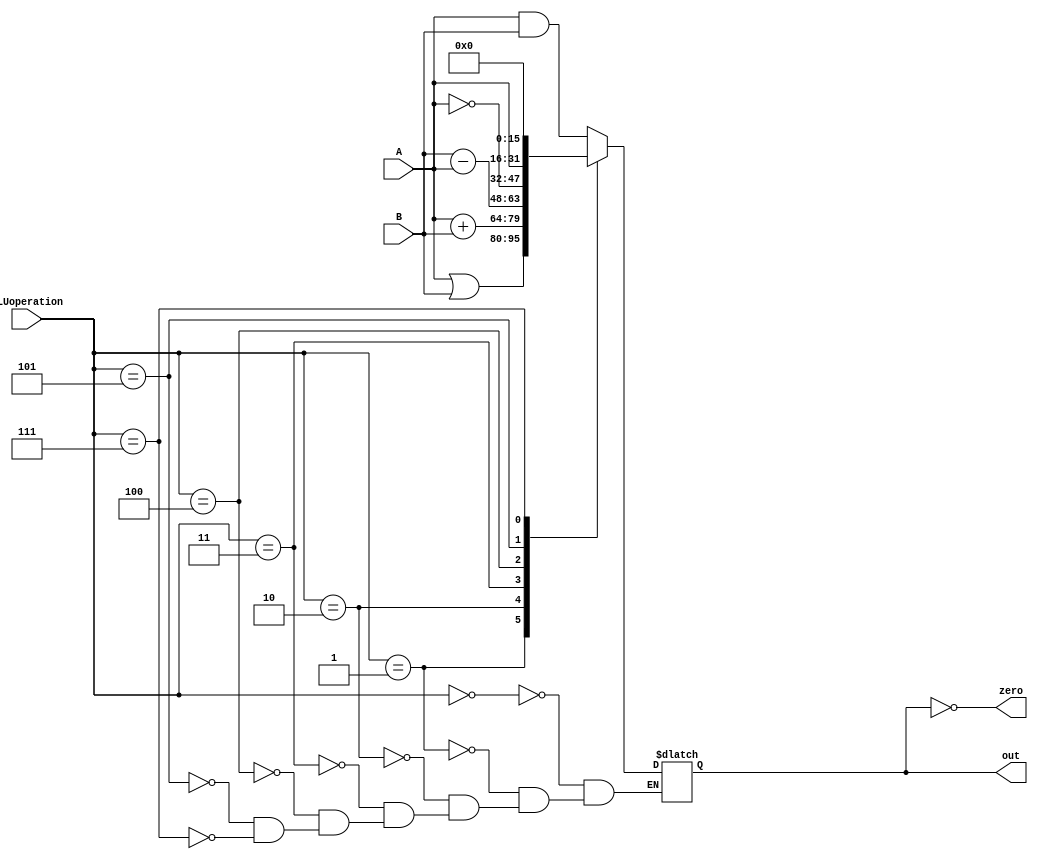
`timescale 1ns/1ns
module ALU(input [15:0] A,B,input [2:0] ALUoperation ,output reg [15:0] out , output zero);
assign zero = (out == 0);
always @(ALUoperation ,A,B) begin
	case(ALUoperation) 
		3'b000: out <= A & B;
		3'b001: out <= A | B;
		3'b010: out <= A + B;
		3'b011: out <= B - A;
		3'b100: out <= ~A;
		3'b101: out <= A;
		3'b111: out <= 16'b0;
	endcase
end
endmodule